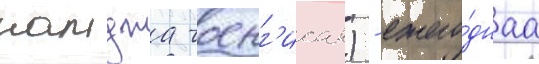
намджа чоенг'исан) - ежего́днаа